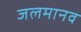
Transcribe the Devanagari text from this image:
जलमानव